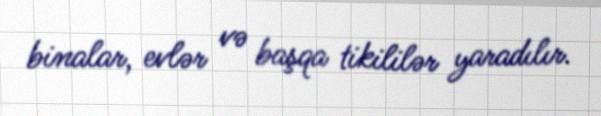
binalar, evlər və başqa tikililər yaradılır.